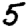
Digit: 5